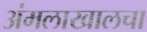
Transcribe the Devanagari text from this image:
अंमलाखालचा